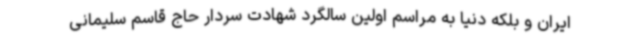
ایران و بلکه دنیا به مراسم اولین سالگرد شهادت سردار حاج قاسم سلیمانی